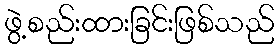
ဖွဲ့စည်းထားခြင်းဖြစ်သည်